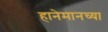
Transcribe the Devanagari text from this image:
हानेमानच्या